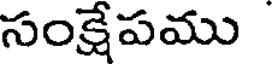
సంక్షేపము